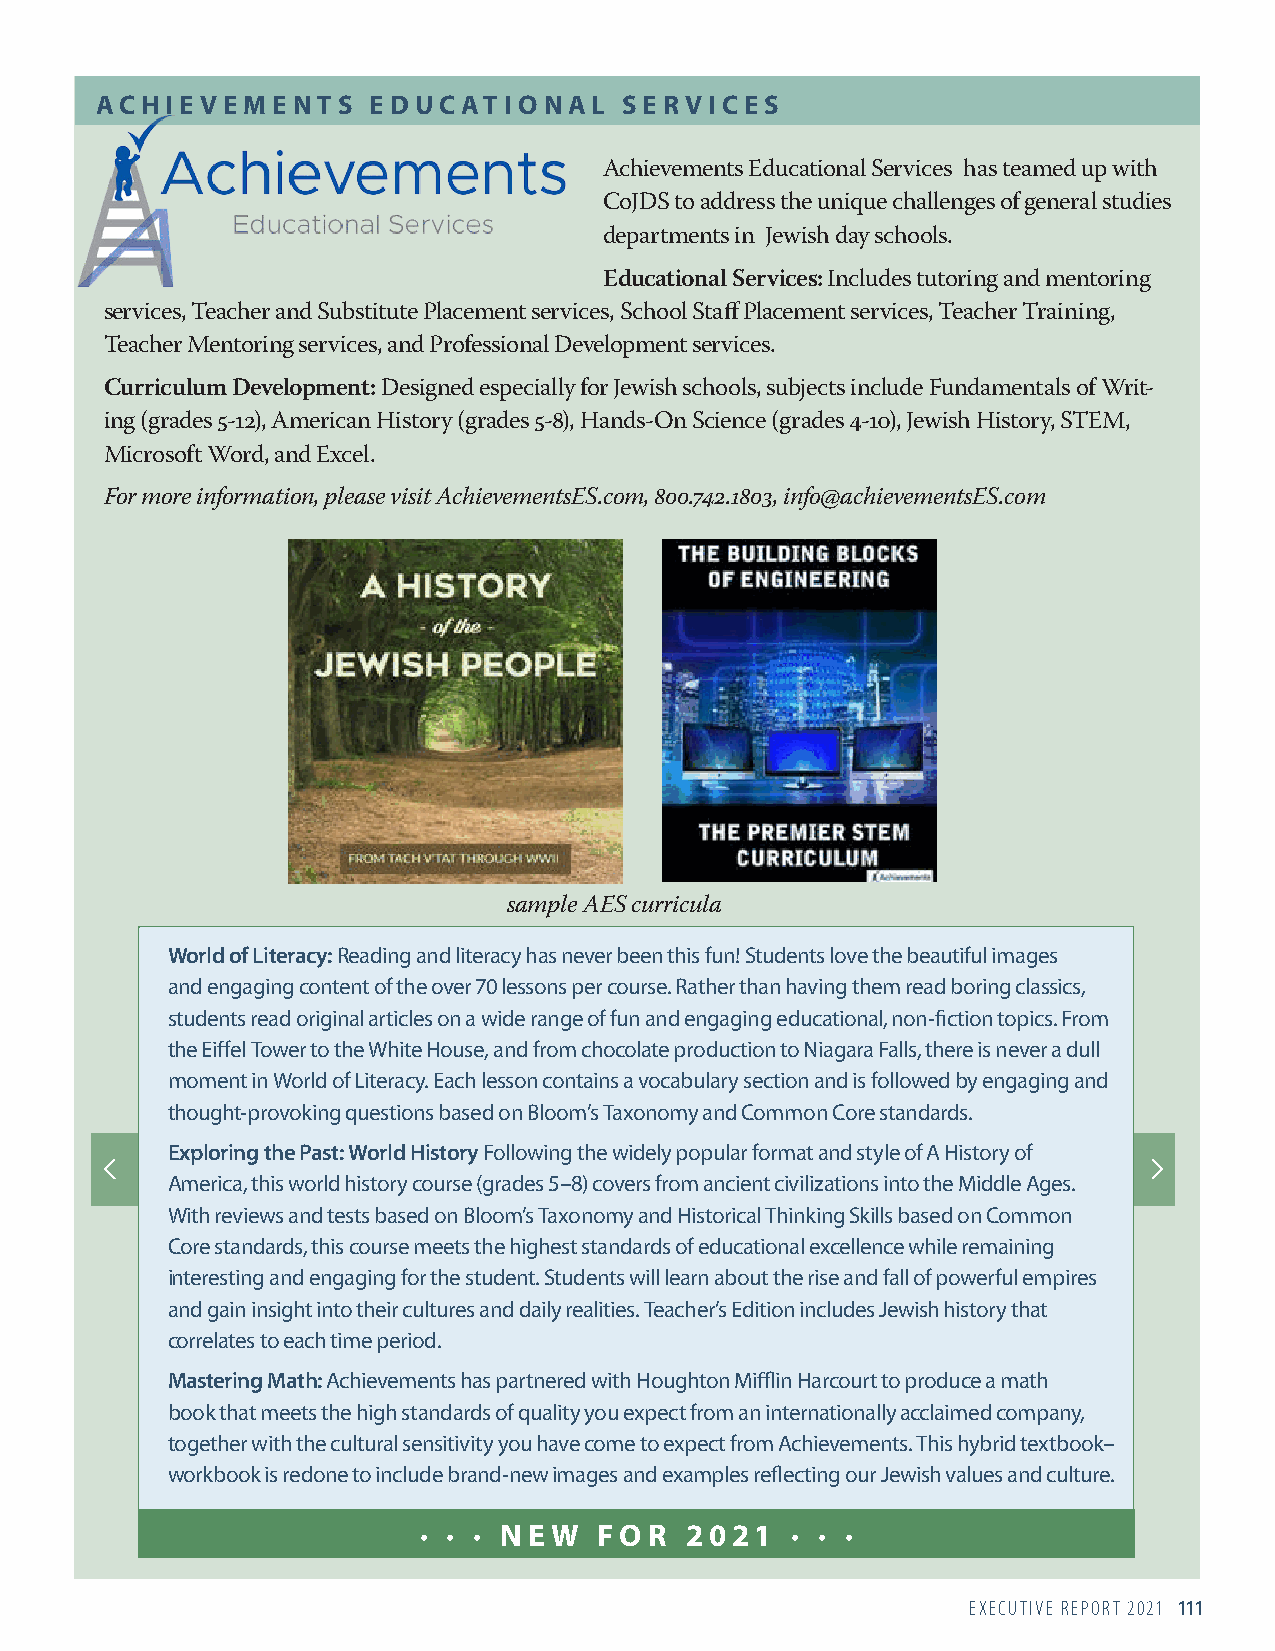
ACHIEVEMENTS       EDUCATIONAL     SERVICES
 Achievements Educational Services has teamed up with
 CoJDS to address the unique challenges of general studies
 departments in Jewish day schools.
 Educational Services: Includes tutoring and mentoring
 services, Teacher and Substitute Placement services, School Staff Placement services, Teacher Training,
 Teacher Mentoring services, and Professional Development services.
 Curriculum Development: Designed especially for Jewish schools, subjects include Fundamentals of Writ-
 ing (grades 5-12), American History (grades 5-8), Hands-On Science (grades 4- 10), Jewish History, STEM,
 Microsoft Word, and Excel.
 For more information, please visit AchievementsES.com, 800.742.1803, info@achievementsES.com
 sample AES curricula
 World of Literacy: Reading and literacy has never been this fun! Students love the beautiful images
 and engaging content of the over 70 lessons per course. Rather than having them read boring classics,
 students read original articles on a wide range of fun and engaging educational, non-fiction topics. From
 the Eiffel Tower to the White House, and from chocolate production to Niagara Falls, there is never a dull
 moment in World of Literacy. Each lesson contains a vocabulary section and is followed by engaging and
 thought-provoking questions based on Bloom’s Taxonomy and Common Core standards.
 Exploring the Past: World History Following the widely popular format and style of A History of
 America, this world history course (grades 5–8) covers from ancient civilizations into the Middle Ages.
 With reviews and tests based on Bloom’s Taxonomy and Historical Thinking Skills based on Common
 Core standards, this course meets the highest standards of educational excellence while remaining
 interesting and engaging for the student. Students will learn about the rise and fall of powerful empires
 and gain insight into their cultures and daily realities. Teacher’s Edition includes Jewish history that
 correlates to each time period.
 Mastering Math: Achievements has partnered with Houghton Mifflin Harcourt to produce a math
 book that meets the high standards of quality you expect from an internationally acclaimed company,
 together with the cultural sensitivity you have come to expect from Achievements. This hybrid textbook–
 workbook is redone to include brand-new images and examples reflecting our Jewish values and culture.
 ∙ ∙ ∙ N EW  FO R 2021   ∙ ∙ ∙
 EXECUTIVE REPORT 2021 111